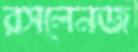
রসলেনজ